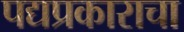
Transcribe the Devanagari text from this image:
पद्यप्रकाराचा